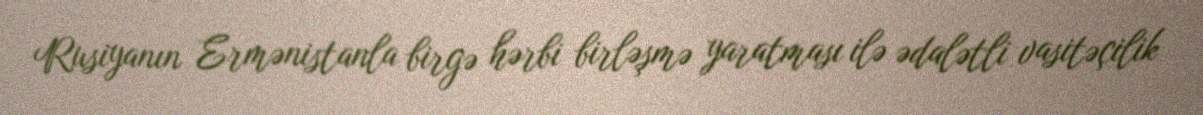
Rusiyanın Ermənistanla birgə hərbi birləşmə yaratması ilə ədalətli vasitəçilik